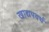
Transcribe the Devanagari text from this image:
खाद्यपदर्थ